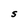
Character: S